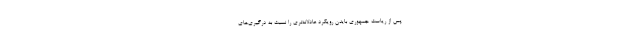
پس از ریاست جمهوری بایدن رویکرد عادلانه‌تری را نسبت به درگیری‌های